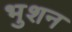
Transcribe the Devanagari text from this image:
भुशन